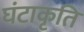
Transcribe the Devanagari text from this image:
घंटाकृति